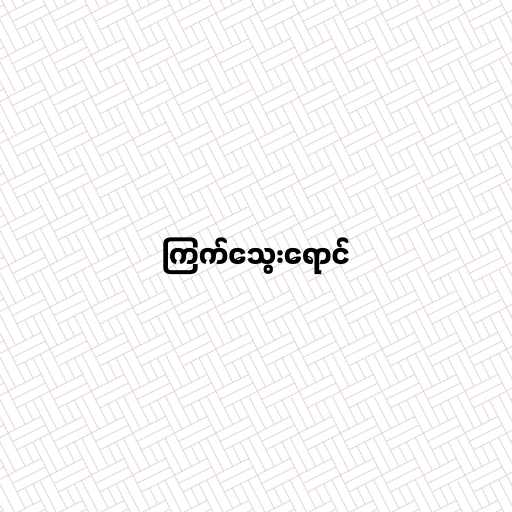
ကြက်သွေးရောင်